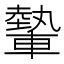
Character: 𨎐